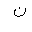
Letter: _non